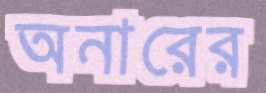
অনারের